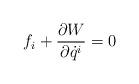
LaTeX: \begin{align*}f_{i}+\frac{\partial W}{\partial \dot{q}^{i}}=0\end{align*}